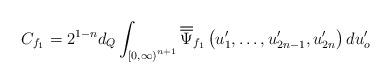
LaTeX: \begin{align*}C_{f_{1}}=2^{1-n}d_{Q}\int_{\left[0,\infty\right)^{n+1}}\overline{\overline{\Psi}}_{f_{1}}\left(u'_{1},\dots,u'_{2n-1},u'_{2n}\right)du'_{o}\end{align*}